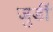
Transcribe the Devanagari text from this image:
जुडीं